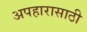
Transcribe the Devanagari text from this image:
अपहारासाठी